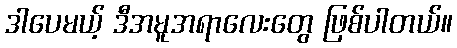
ဒါပေမယ့် ဒီအမူအရာလေးတွေ ဖြစ်ပါတယ်။